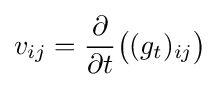
v_{ij}={\frac {\partial }{\partial t}}{\big (}(g_{t})_{ij}{\big )}